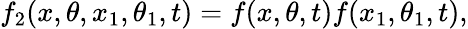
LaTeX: f_{2}(x,\theta,x_{1},\theta_{1},t){}={}f(x,\theta,t)f(x_{1},\theta_{1},t),